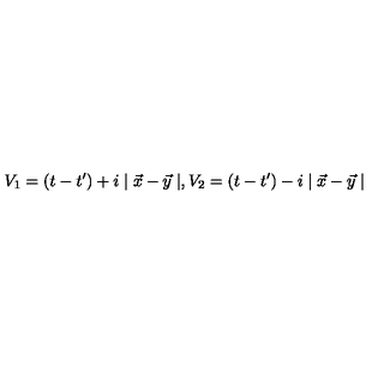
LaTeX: V _ { 1 } = ( t - t ^ { \prime } ) + i \mid \vec { x } - \vec { y } \mid , V _ { 2 } = ( t - t ^ { \prime } ) - i \mid \vec { x } - \vec { y } \mid